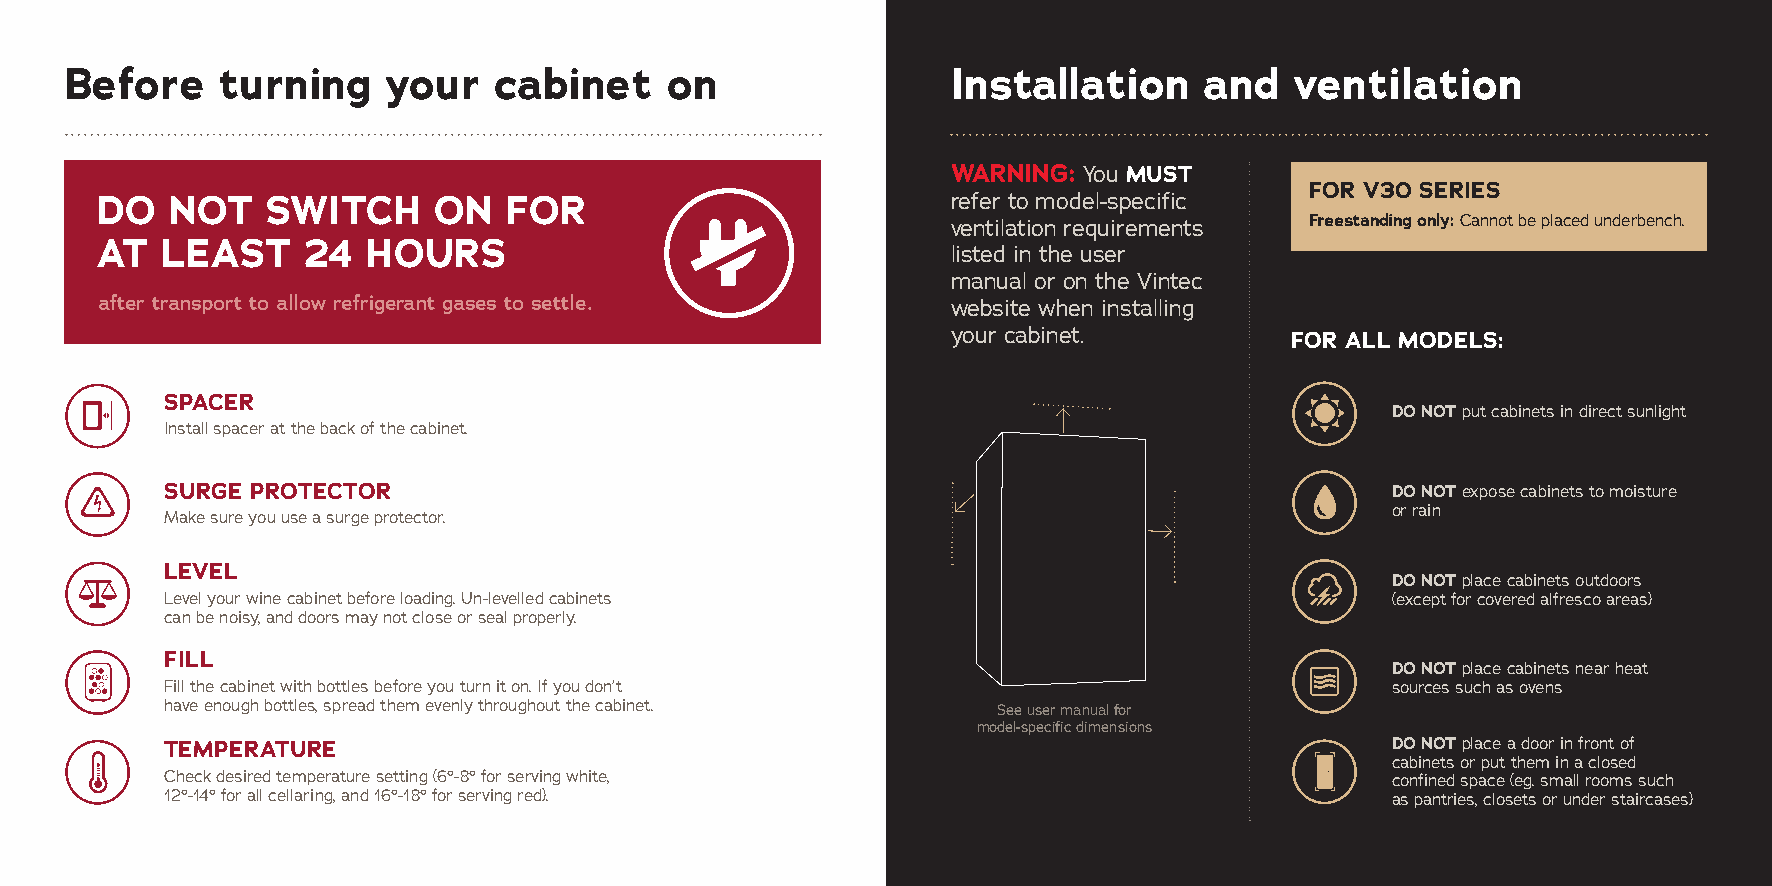
Before     turning    your   cabinet    on                 Installation     and   ventilation
 WARNING: You MUST
 FOR V30 SERIES
 DO   NOT    SWITCH     ON   FOR                          refer to model-specific
 ventilation requirements Freestanding only: Cannot be placed underbench.
 AT   LEAST    24  HOURS                                  listed in the user
 manual or on the Vintec
 after transport to allow refrigerant gases to settle.    website when installing
 your cabinet.         FOR ALL MODELS:
 SPACER
 DO NOT put cabinets in direct sunlight
 Install spacer at the back of the cabinet.
 SURGE PROTECTOR                                                                  DO NOT expose cabinets to moisture
 or rain
 Make sure you use a surge protector.
 LEVEL
 DO NOT place cabinets outdoors
 Level your wine cabinet before loading. Un-levelled cabinets                     (except for covered alfresco areas)
 can be noisy, and doors may not close or seal properly.
 FILL
 DO NOT place cabinets near heat
 Fill the cabinet with bottles before you turn it on. If you don’t                sources such as ovens
 have enough bottles, spread them evenly throughout the cabinet. See user manual for
 model-specific dimensions
 TEMPERATURE                                                                      DO NOT place a door in front of
 cabinets or put them in a closed
 Check desired temperature setting (6°-8° for serving white,                      confined space (eg. small rooms such
 12°-14° for all cellaring, and 16°-18° for serving red).                         as pantries, closets or under staircases)